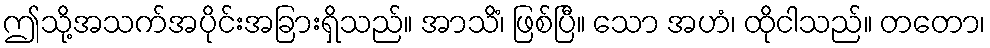
ဤသို့အသက်အပိုင်းအခြားရှိသည်။ အာသိံ၊ ဖြစ်ပြီ။ သော အဟံ၊ ထိုငါသည်။ တတော၊